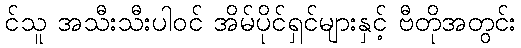
င်သူ အသီးသီးပါဝင် အိမ်ပိုင်ရှင်များနှင့် ဗီတိုအတွင်း